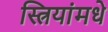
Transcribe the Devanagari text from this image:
स्त्रियांमधे